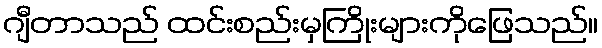
ဂျီတာသည် ထင်းစည်းမှကြိုးများကိုဖြေသည်။